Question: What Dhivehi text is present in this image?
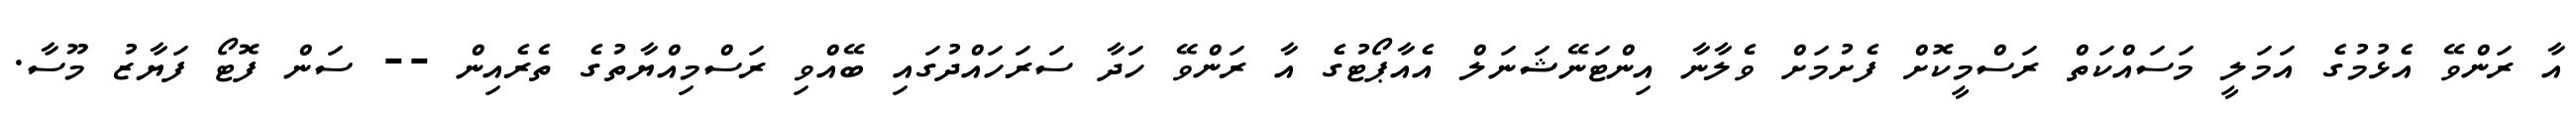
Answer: އާ ރަންވޭ އެޅުމުގެ އަމަލީ މަސައްކަތް ރަސްމީކޮށް ފެށުމަށް ވެލާނާ އިންޓަނޭޝަނަލް އެއާޕޯޓުގެ އާ ރަންވޭ ހަދާ ސަރަހައްދުގައި ބޭއްވި ރަސްމިއްޔާތުގެ ތެރެއިން -- ސަން ފޮޓޯ ފަޔާޒު މޫސާ.